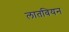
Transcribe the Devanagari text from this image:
लातवियन